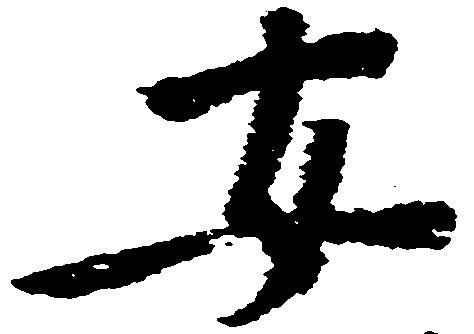
安